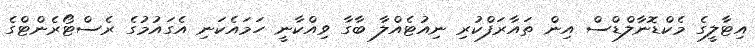
އިޓާލީގެ މެކްޑޮނާލްޑްސް އިން ތައާރަފްކުރި ނިއުޓެއްލާ ބާގާ ވިއްކާނީ ހަމައެކަނި އެގައުމުގެ ރެސްޓޯރެންޓްގެ